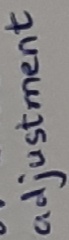
Text: Adjustment